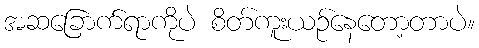
အဆခြောက်ရာကိုပဲ စိတ်ကူးယဉ်နေတော့တာပဲ။